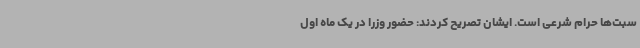
سبت‌ها حرام شرعی است. ایشان تصریح کردند:‌ حضور وزرا در یک ماه اول